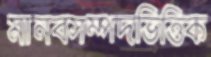
মানবসম্পদভিত্তিক